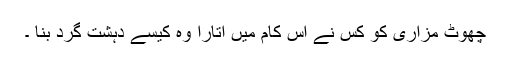
چھوٹ مزاری کو کس نے اس کام میں اتارا وہ کیسے دہشت گرد بنا ۔